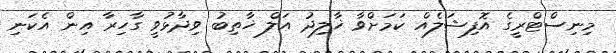
މިނިސްޓްރީގެ އޮފިޝަލެއް ކަމަށްވާ ޚާލިދު އަލް ޚާތިބު ވިދާޅުވީ ގާހިރާ އިން އެކަނި